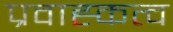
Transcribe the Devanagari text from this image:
प्रवाह्कत्व